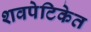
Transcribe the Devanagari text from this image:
शवपेटिकेत